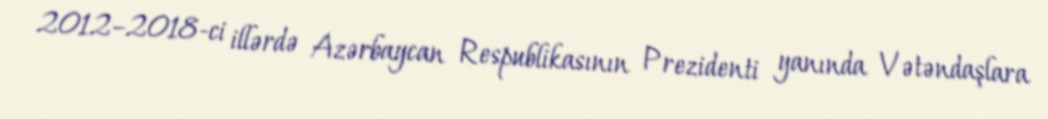
2012–2018-ci illərdə Azərbaycan Respublikasının Prezidenti yanında Vətəndaşlara